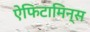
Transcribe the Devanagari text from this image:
ऐफिटामिन्स